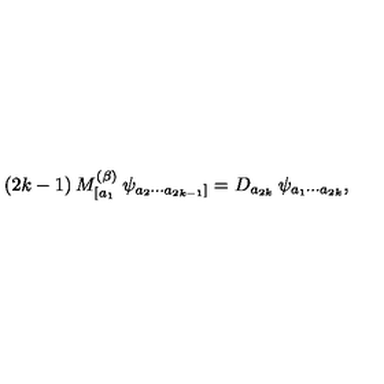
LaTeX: ( 2 k - 1 ) \: M _ { [ a _ { 1 } } ^ { ( \beta ) } \: \psi _ { a _ { 2 } \cdots a _ { 2 k - 1 } ] } = D _ { a _ { 2 k } } \: \psi _ { a _ { 1 } \cdots a _ { 2 k } } ,